Report on plague and inoculation in the Punjab from October 1st ... to September 30th..., being the ... season of plague in the province
Disease focus: Plague
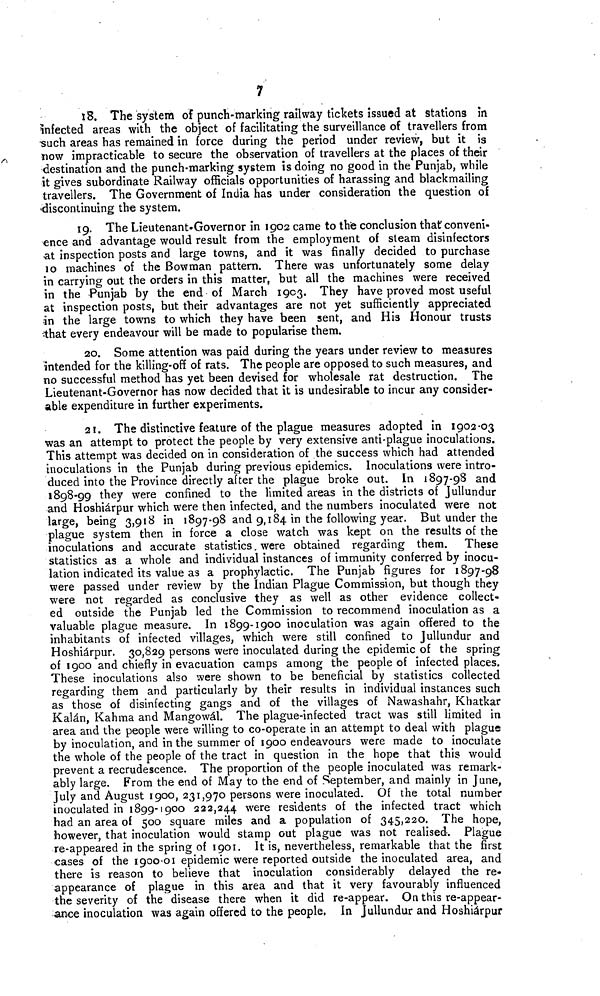
7
18. The system of punch-marking railway tickets issued at stations in
infected areas with the object of facilitating the surveillance of travellers from
such areas has remained in force during the period under review, but it is
now impracticable to secure the observation of travellers at the places of their
-destination and the punch-marking system is doing no good in the Punjab, while
it gives subordinate Railway officials opportunities of harassing and blackmailing
travellers. The Government of India has under consideration the question of
discontinuing the system.
19. The Lieutenant-Govern or in 1902 came to the conclusion that conveni-
ence and advantage would result from the employment of steam disinfectors
at inspection posts and large towns, and it was finally decided to purchase
10 machines of the Bowman pattern. There was unfortunately some delay
in carrying out the orders in this matter, but all the machines were received
in the Punjab by the end of March 1903. They have proved most useful
at inspection posts, but their advantages are not yet sufficiently appreciated
in the large towns to which they have been sent, and His Honour trusts
that every endeavour will be made to popularise them.
20. Some attention was paid during the years under review to measures
intended for the killing-off of rats. The people are opposed to such measures, and
no successful method has yet been devised for wholesale rat destruction. The
Lieutenant-Governor has now decided that it is undesirable to incur any consider-
able expenditure in further experiments.
21. The distinctive feature of the plague measures adopted in 1902-03
was an attempt to protect the people by very extensive anti-plague inoculations.
This attempt was decided on in consideration of the success which had attended
inoculations in the Punjab during previous epidemics. Inoculations were intro-
duced into the Province directly after the plague broke out. In 1897-98 and
1898-99 they were confined to the limited areas in the districts of Jullundur
and Hoshiárpur which were then infected, and the numbers inoculated were not
large, being 3,918 in 1897-98 and 9,184 in the following year. But under the
plague system then in force a close watch was kept on the results of the
inoculations and accurate statistics. were obtained regarding them. These
statistics as a whole and individual instances of immunity conferred by inocu-
lation indicated its value as a prophylactic. The Punjab figures for 1897-98
were passed under review by the Indian Plague Commission, but though they
were not regarded as conclusive they as well as other evidence collect-
ed outside the Punjab led the Commission to recommend inoculation as a
valuable plague measure. In 1899-1900 inoculation was again offered to the
inhabitants of infected villages, which were still confined to Jullundur and
Hoshiárpur. 30,829 persons were inoculated during the epidemic of the spring
of 1900 and chiefly in evacuation camps among the people of infected places.
These inoculations also were shown to be beneficial by statistics collected
regarding them and particularly by their results in individual instances such
as those of disinfecting gangs and of the villages of Nawashahr, Khatkar
Kalán, Kahma and Mangowál. The plague-infected tract was still limited in
area and the people were willing to co-operate in an attempt to deal with plague
by inoculation, and in the summer of 1900 endeavours were made to inoculate
the whole of the people of the tract in question in the hope that this would
prevent a recrudescence. The proportion of the people inoculated was remark-
ably large. From the end of May to the end of September, and mainly in June,
July and August 1900, 231,970 persons were inoculated. Of the total number
inoculated in 1899-1900 222,244 were residents of the infected tract which
had an area of 500 square miles and a population of 345,220. The hope,
however, that inoculation would stamp out plague was not realised. Plague
re-appeared in the spring of 1901. It is, nevertheless, remarkable that the first
cases of the 1900-01 epidemic were reported outside the inoculated area, and
there is reason to believe that inoculation considerably delayed the re-
appearance of plague in this area and that it very favourably influenced
the severity of the disease there when it did re-appear. On this re-appear-
ance inoculation was again offered to the people. In Jullundur and Hoshiarpur